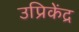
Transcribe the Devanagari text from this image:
उप्रिकेंद्र